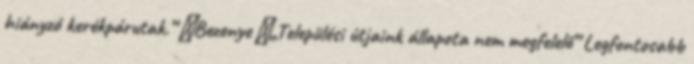
hiányzó kerékpárutak.” ▪Bezenye ▪„Települési útjaink állapota nem megfelelő” Legfontosabb